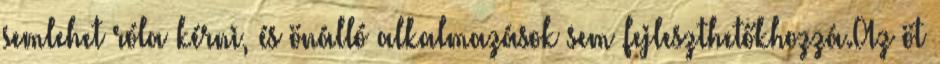
semlehet róla kérni, és önálló alkalmazások sem fejleszthetőkhozzá.Az öt